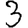
Digit: 3